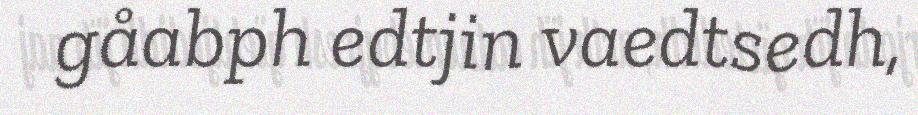
gåabph edtjin vaedtsedh,